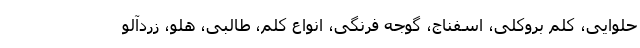
حلوایی، کلم بروکلی، اسفناج، گوجه فرنگی، انواع کلم، طالبی، هلو، زردآلو